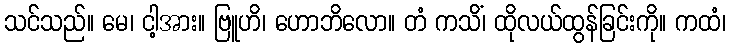
သင်သည်။ မေ၊ ငါ့အား။ ဗြူဟိ၊ ဟောဘိလော။ တံ ကသိံ၊ ထိုလယ်ထွန်ခြင်းကို။ ကထံ၊